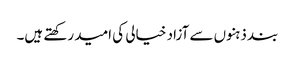
بند ذہنوں سے آزاد خیالی کی امید رکھتے ہیں۔